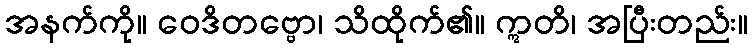
အနက်ကို။ ဝေဒိတဗ္ဗော၊ သိထိုက်၏။ ဣတိ၊ အပြီးတည်း။